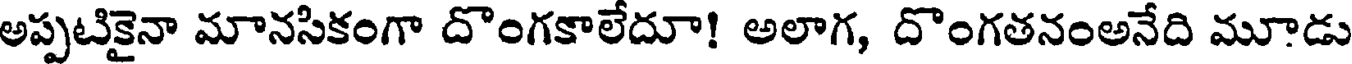
అప్పటికైనా మానసికంగా దొంగకాలేదూ! అలాగ, దొంగతనంఅనేది మూడు